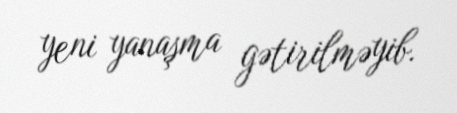
yeni yanaşma gətirilməyib.